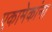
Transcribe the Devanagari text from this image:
एकामेकांना